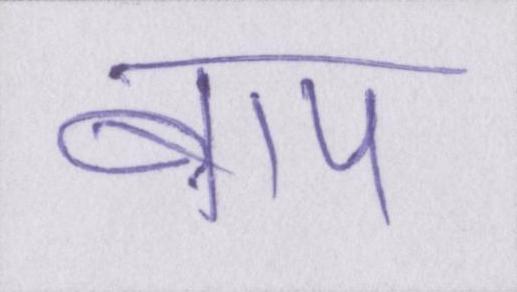
बाप